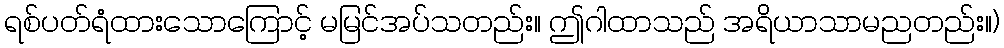
ရစ်ပတ်ရံထားသောကြောင့် မမြင်အပ်သတည်း။ ဤဂါထာသည် အရိယာသာမညတည်း။)